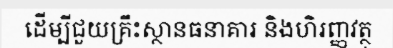
ដើម្បីជួយគ្រឹះស្ថានធនាគារ និងហិរញ្ញវត្ថុ